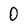
Character: 0